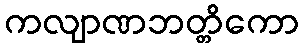
ကလျာဏဘတ္တိကော